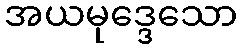
အယမုဒ္ဒေသော